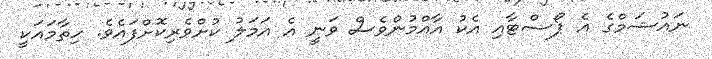
ނައުޝަމްގެ އެ ޕޯސްޓާއި އެކު އާއްމުންވެސް ވަނީ އެ އަމަލު ކުށްވެރިކޮށްފައެވެ. ހިތާމައަކީ